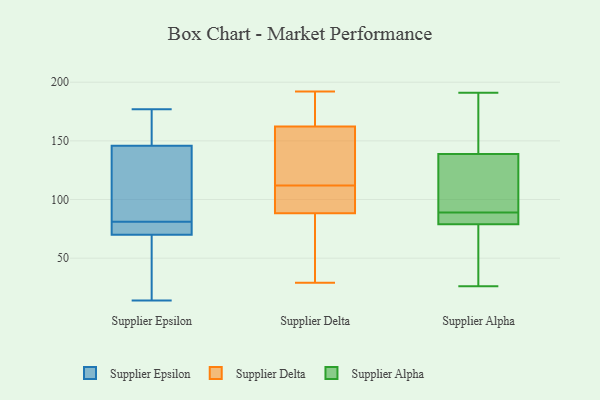
{"axis": {"x": "Operating Costs (USD K)", "y": "Value"}, "legend": ["Supplier Alpha", "Supplier Delta", "Supplier Epsilon"], "data": [{"x": "", "y": 78, "type": "Supplier Epsilon"}, {"x": "", "y": 34, "type": "Supplier Epsilon"}, {"x": "", "y": 119, "type": "Supplier Epsilon"}, {"x": "", "y": 177, "type": "Supplier Epsilon"}, {"x": "", "y": 14, "type": "Supplier Epsilon"}, {"x": "", "y": 154, "type": "Supplier Epsilon"}, {"x": "", "y": 70, "type": "Supplier Epsilon"}, {"x": "", "y": 121, "type": "Supplier Epsilon"}, {"x": "", "y": 79, "type": "Supplier Epsilon"}, {"x": "", "y": 164, "type": "Supplier Epsilon"}, {"x": "", "y": 160, "type": "Supplier Epsilon"}, {"x": "", "y": 59, "type": "Supplier Epsilon"}, {"x": "", "y": 70, "type": "Supplier Epsilon"}, {"x": "", "y": 113, "type": "Supplier Epsilon"}, {"x": "", "y": 81, "type": "Supplier Epsilon"}, {"x": "", "y": 100, "type": "Supplier Delta"}, {"x": "", "y": 172, "type": "Supplier Delta"}, {"x": "", "y": 138, "type": "Supplier Delta"}, {"x": "", "y": 80, "type": "Supplier Delta"}, {"x": "", "y": 178, "type": "Supplier Delta"}, {"x": "", "y": 145, "type": "Supplier Delta"}, {"x": "", "y": 192, "type": "Supplier Delta"}, {"x": "", "y": 86, "type": "Supplier Delta"}, {"x": "", "y": 106, "type": "Supplier Delta"}, {"x": "", "y": 29, "type": "Supplier Delta"}, {"x": "", "y": 112, "type": "Supplier Delta"}, {"x": "", "y": 89, "type": "Supplier Delta"}, {"x": "", "y": 159, "type": "Supplier Delta"}, {"x": "", "y": 191, "type": "Supplier Alpha"}, {"x": "", "y": 97, "type": "Supplier Alpha"}, {"x": "", "y": 49, "type": "Supplier Alpha"}, {"x": "", "y": 86, "type": "Supplier Alpha"}, {"x": "", "y": 78, "type": "Supplier Alpha"}, {"x": "", "y": 144, "type": "Supplier Alpha"}, {"x": "", "y": 138, "type": "Supplier Alpha"}, {"x": "", "y": 82, "type": "Supplier Alpha"}, {"x": "", "y": 139, "type": "Supplier Alpha"}, {"x": "", "y": 89, "type": "Supplier Alpha"}, {"x": "", "y": 26, "type": "Supplier Alpha"}]}